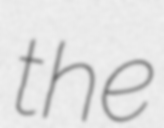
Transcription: the